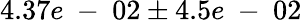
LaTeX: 4.37e\mathrm{~-~}02\pm 4.5e\mathrm{~-~}02